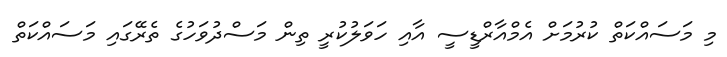
މި މަސައްކަތް ކުރުމަށް އެމްއާރްޑީސީ އާއި ހަވަލުކުރީ ތިން މަސްދުވަހުގެ ތެރޭގައި މަސައްކަތް